Indian journal of veterinary science and animal husbandry - Volume 2,
Year: 1932
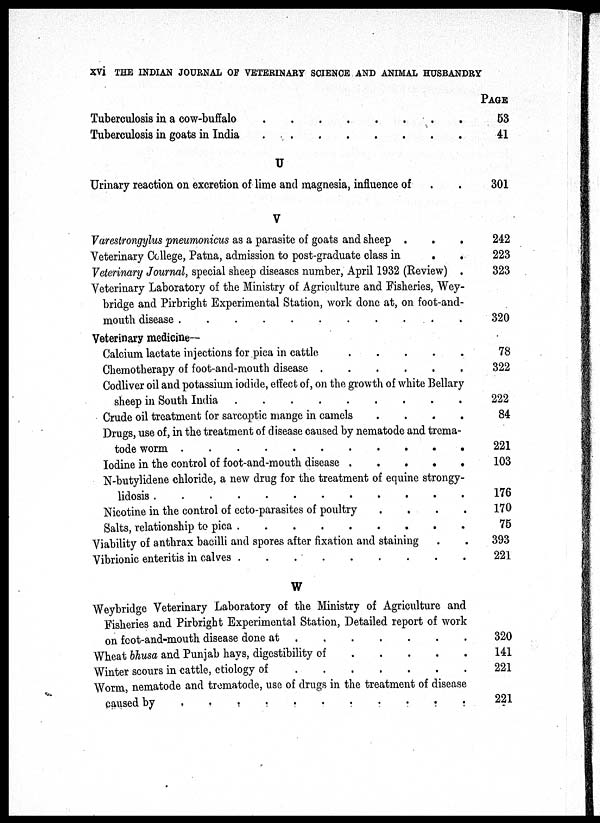
xvi THE INDIAN JOURNAL OF VETERINARY SCIENCE AND ANIMAL HUSBANDRY
Tuberculosis in a cow-buffalo
.
.
.
.
.
.
.
.
Tuberculosis in goats in India
.
.
.
.
.
.
.
.
U
Urinary reaction on excretion of lime and magnesia, influence of . .
V
Varestrongylus pneumonicus as a parasite of goats and sheep . . .
Veterinary College, Patna, admission to post-graduate class in . .
Veterinary Journal, special sheep diseases number, April 1932 (Review) .
Veterinary Laboratory of the Ministry of Agriculture and Fisheries, Wey-
bridge and Pirbright Experimental Station, work done at, on foot-and-
mouth disease
.
.
.
.
.
.
.
.
Veterinary medicine—
Calcium lactate injections for pica in cattle . . . . . . . .
Chemotherapy of foot-and-mouth disease . . . . . . . .
Codliver oil and potassium iodide, effect of, on the growth of white Bellary
sheep in South India
.
.
.
.
.
.
.
.
Crude oil treatment for sarcoptic mange in camels . . . . . . . .
Drugs, use of, in the treatment of disease caused by nematode and trema-
tode worm
.
.
.
.
.
.
.
.
Iodine in the control of foot-and-mouth disease . . . . . . . .
N-butylidene chloride, a new drug for the treatment of equine strongy-
lidosis
.
.
.
.
.
.
.
.
Nicotine in the control of ecto-parasites of poultry . . . . . . . .
Salts, relationship to pica
.
.
.
.
.
.
.
.
Viability of anthrax bacilli and spores after fixation and staining . .
Vibrionic enteritis in calves
.
.
.
.
.
.
.
.
W
Weybridge Veterinary Laboratory of the Ministry of Agriculture and
Fisheries and Pirbright Experimental Station, Detailed report of work
on foot-and-mouth disease done at
.
.
.
.
.
.
.
.
Wheat bhusa and Punjab hays, digestibility of . . . . . . . .
Winter scours in cattle, etiology of
.
.
.
.
.
.
.
.
Worm, nematode and trematode, use of drugs in the treatment of disease
caused by
.
.
.
.
.
.
.
.
PAGE
53
41
301
242
223
323
320
78
322
222
84
221
103
176
170
75
393
221
320
141
221
221